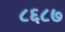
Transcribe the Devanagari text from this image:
८६८७